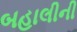
બહાલીની